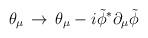
LaTeX: \begin{align*}\theta_\mu \,\to \, \theta_\mu - i {\tilde \phi}^* \partial_\mu {\tilde \phi}\end{align*}